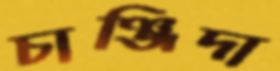
চাঞ্জিদা